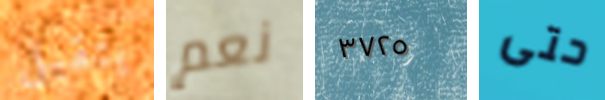
يتقبل نعم ٣٧٢٥ حتى